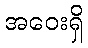
အဝေးရှိ